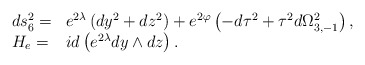
\begin{align*}\begin{array}{ll} ds_6 ^2 =& e^{2\lambda}\left( dy^2 + dz^2\right) + e^{2\varphi} \left( - d\tau^2 + \tau^2 d\Omega_{3,-1} ^2 \right) ,\\H_e =& id\left( e^{2\lambda} dy \wedge dz\right) .\end{array}\end{align*}